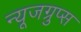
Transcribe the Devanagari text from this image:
न्यूजग्रुप्स